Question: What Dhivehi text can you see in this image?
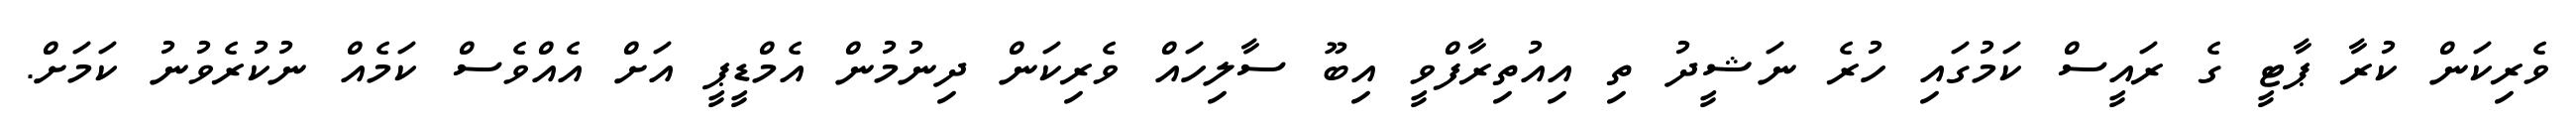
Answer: ވެރިކަން ކުރާ ޕާޓީ ގެ ރައީސް ކަމުގައި ހުރެ ނަޝީދު ތި އިއުތިރާފްވީ އިބޫ ސާލިހައް ވެރިކަން ދިނުމުން އެމްޑީޕީ އަށް އެއްވެސް ކަމެއް ނުކުރެވުނު ކަމަށް.